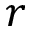
r